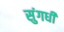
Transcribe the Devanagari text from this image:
सुंगधी